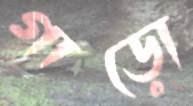
গাড়ো